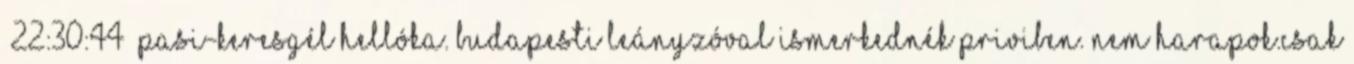
22:30:44 Pasi-Keresgél Hellóka. Budapesti leányzóval ismerkednék priviben. NEm harapok.csak